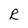
Character: R